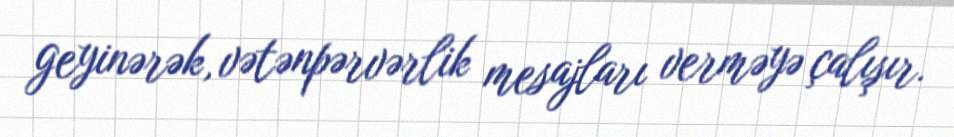
geyinərək, vətənpərvərlik mesajları verməyə çalışır.